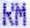
RM